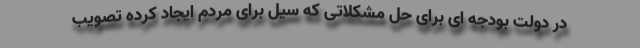
در دولت بودجه ای برای حل مشکلاتی که سیل برای مردم ایجاد کرده تصویب